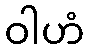
ဝါဟံ